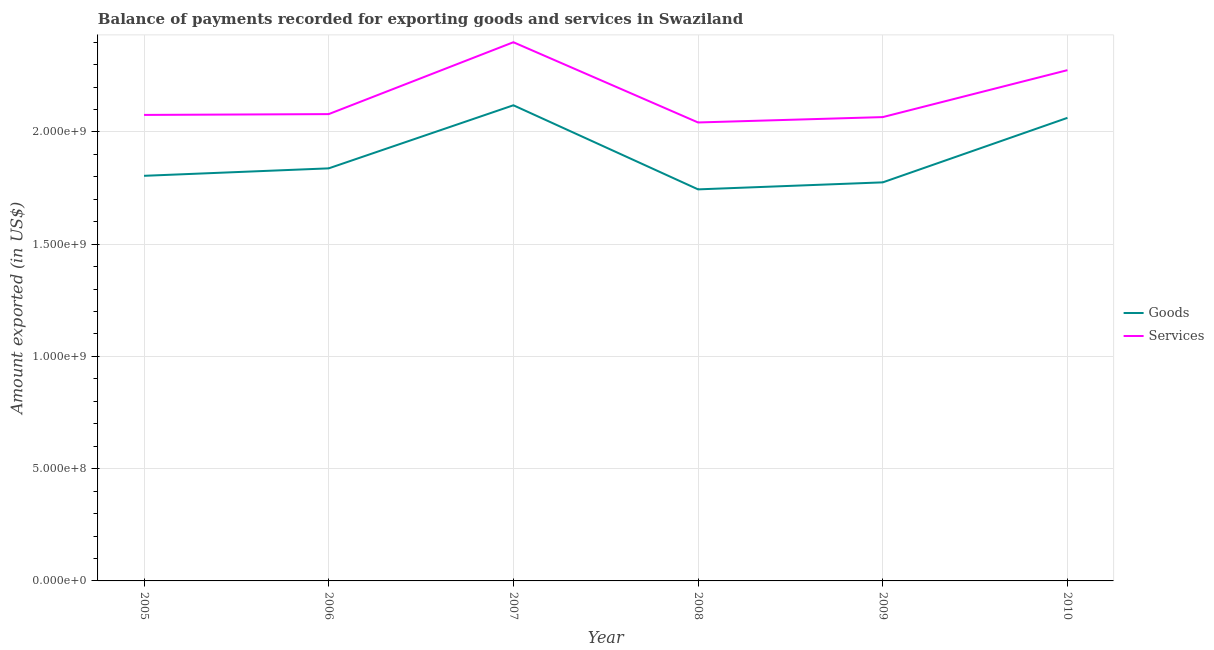
| Year | Goods | Services |
 | --- | --- | --- |
 | 2005 | 1.8e+09 | 2.08e+09 |
 | 2006 | 1.84e+09 | 2.08e+09 |
 | 2007 | 2.12e+09 | 2.4e+09 |
 | 2008 | 1.74e+09 | 2.04e+09 |
 | 2009 | 1.78e+09 | 2.07e+09 |
 | 2010 | 2.06e+09 | 2.28e+09 |